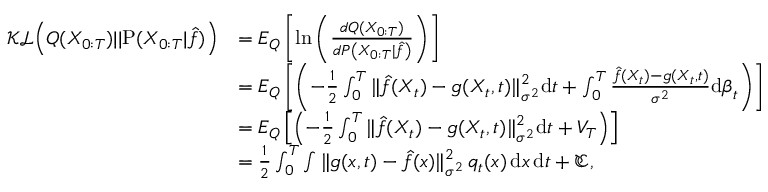
\begin{array} { r l } { \mathcal { K L } \Big ( Q ( X _ { 0 : T } ) | | \mathrm { P } ( X _ { 0 : T } | \hat { f } ) \Big ) } & { = E _ { { Q } } \left[ \mathrm { l n } \left( \frac { d { Q } ( X _ { 0 : T } ) } { d { P } \left( X _ { 0 : T } \vert \hat { f } \right) } \right) \right] } \\ & { = E _ { { Q } } \left[ \left( - \frac { 1 } { 2 } \int _ { 0 } ^ { T } { { \| \hat { f } ( X _ { t } ) - g ( X _ { t } , t ) \| _ { \sigma ^ { 2 } } ^ { 2 } } \mathrm { d } t } + \int _ { 0 } ^ { T } { \frac { \hat { f } ( X _ { t } ) - g ( X _ { t } , t ) } { { \sigma ^ { 2 } } } \mathrm { d } \boldsymbol { \beta } _ { t } } \right) \right] } \\ & { = E _ { { Q } } \left[ \left( - \frac { 1 } { 2 } \int _ { 0 } ^ { T } { { \| \hat { f } ( X _ { t } ) - g ( X _ { t } , t ) \| _ { \sigma ^ { 2 } } ^ { 2 } } \mathrm { d } t } + V _ { T } \right) \right] } \\ & { = \frac { 1 } { 2 } \int _ { 0 } ^ { T } \int \| g ( x , t ) - \hat { f } ( x ) \| _ { \sigma ^ { 2 } } ^ { 2 } \, q _ { t } ( x ) \, \mathrm { d } x \, \mathrm { d } t + \mathfrak { C } , } \end{array}